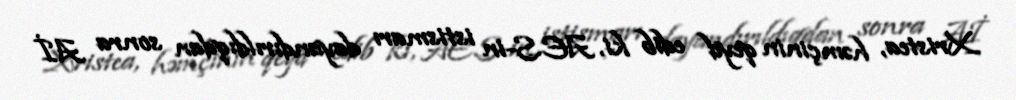
Xristea, həmçinin qeyd edib ki, AES-in istismarı dayandırıldıqdan sonra Aİ